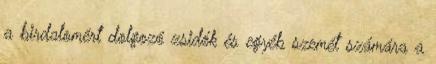
a birdalomért dolgozó zsidók és egyéb szemét számára a